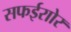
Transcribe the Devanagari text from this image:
सफईराोर